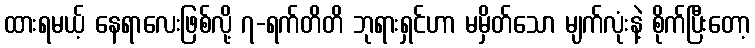
ထားရမယ့် နေရာလေးဖြစ်လို့ ၇-ရက်တိတိ ဘုရားရှင်ဟာ မမှိတ်သော မျက်လုံးနဲ့ စိုက်ပြီးတော့